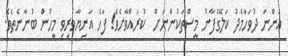
އަންނަ ދުވަހާމެދު ކަލޭގެފާނު މީސްތަކުންނަށް  ކުރައްވާށެވެ! ފަހެ އަނިޔާވެރިވި މީހުން ބުނާނެތެވެ.